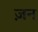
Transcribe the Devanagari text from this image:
ज़न